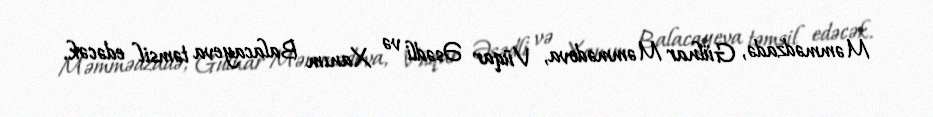
Məmmədzadə, Gülnar Məmmədova, Vüqar Əsədli və Xanım Balacayeva təmsil edəcək.